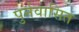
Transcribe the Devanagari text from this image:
पुर्नवासित